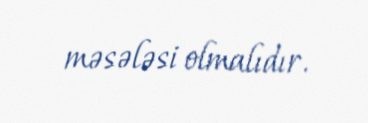
məsələsi olmalıdır.